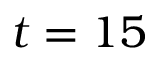
t = 1 5